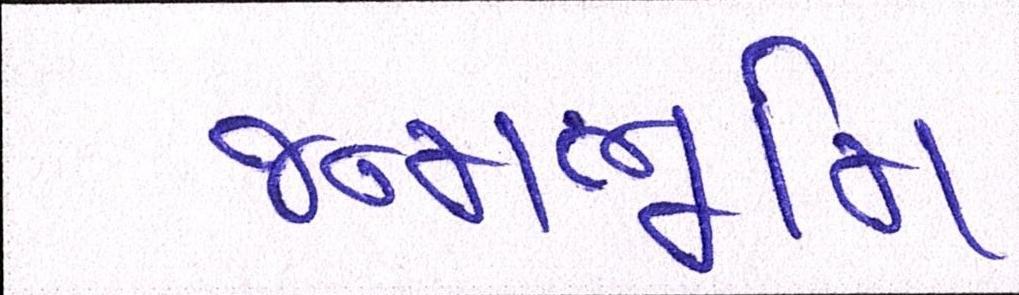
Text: જન્મભૂમિ